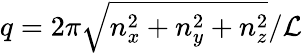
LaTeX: q=2\pi\sqrt{n_{x}^{2}+n_{y}^{2}+n_{z}^{2}}/{\cal L}